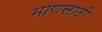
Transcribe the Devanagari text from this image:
माणसाठी